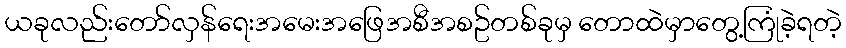
ယခုလည်းတော်လှန်ရေးအမေးအဖြေအစီအစဥ်တစ်ခုမှ တောထဲမှာတွေ့ကြုံခဲ့ရတဲ့